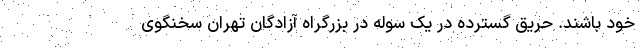
خود باشند. حریق گسترده در یک سوله در بزرگراه آزادگان تهران سخنگوی